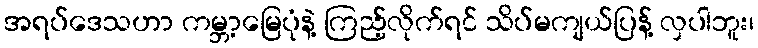
အရပ်ဒေသဟာ ကမ္ဘာ့မြေပုံနဲ့ ကြည့်လိုက်ရင် သိပ်မကျယ်ပြန့် လှပါဘူး၊